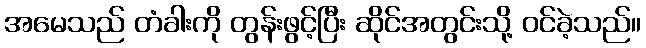
အမေသည် တံခါးကို တွန်းဖွင့်ပြီး ဆိုင်အတွင်းသို့ ဝင်ခဲ့သည်။